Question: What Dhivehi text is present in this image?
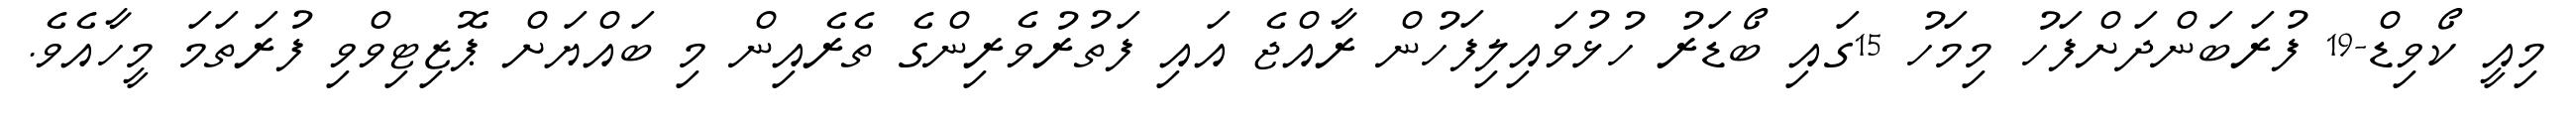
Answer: މިއީ ކޯވިޑް-19 ފުރަބަންދަށްފަހު މިމަހު 15ގައި ބޯޑަރު ހުޅުވައިލިފަހުން ރާއްޖެ އައި ފަތުރުވެރިންގެ ތެރެއިން މި ބައްޔަށް ޕޮޒިޓިވްވި ފުރަތަމަ މީހާއެވެ.